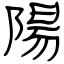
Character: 陽